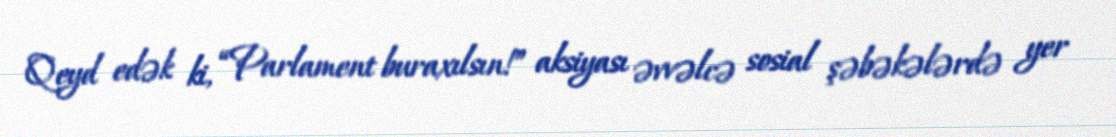
Qeyd edək ki, “Parlament buraxılsın!” aksiyası əvvəlcə sosial şəbəkələrdə yer